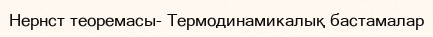
Нернст теоремасы- Термодинамикалық бастамалар